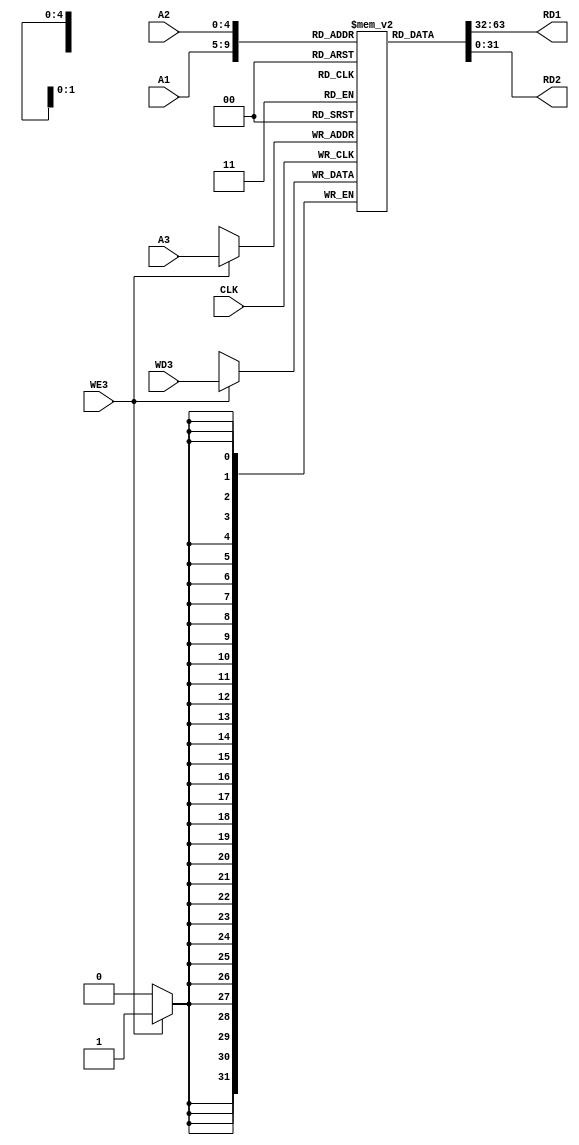
module reg_file
(
    input           CLK,
    input           WE3,
    input   [4:0]   A1,
    input   [4:0]   A2,
    input   [4:0]   A3,
    input   [31:0]  WD3,
    output  [31:0]  RD1,
    output  [31:0]  RD2
);

parameter MAX_INDEX = 32;

reg [31:0] rf [MAX_INDEX-1:0];

initial begin
    rf [0] = 32'd0;
end

always @ (posedge CLK) begin
    if ( WE3 )
        rf [A3] <= WD3;
end

assign RD1 = rf [A1];
assign RD2 = rf [A2];

endmodule